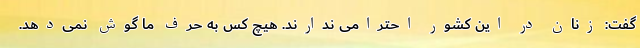
گفت: زنان در این کشور احترامی ندارند. هیچ کس به حرف ما گوش نمی‌دهد.